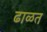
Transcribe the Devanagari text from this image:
ढाळत